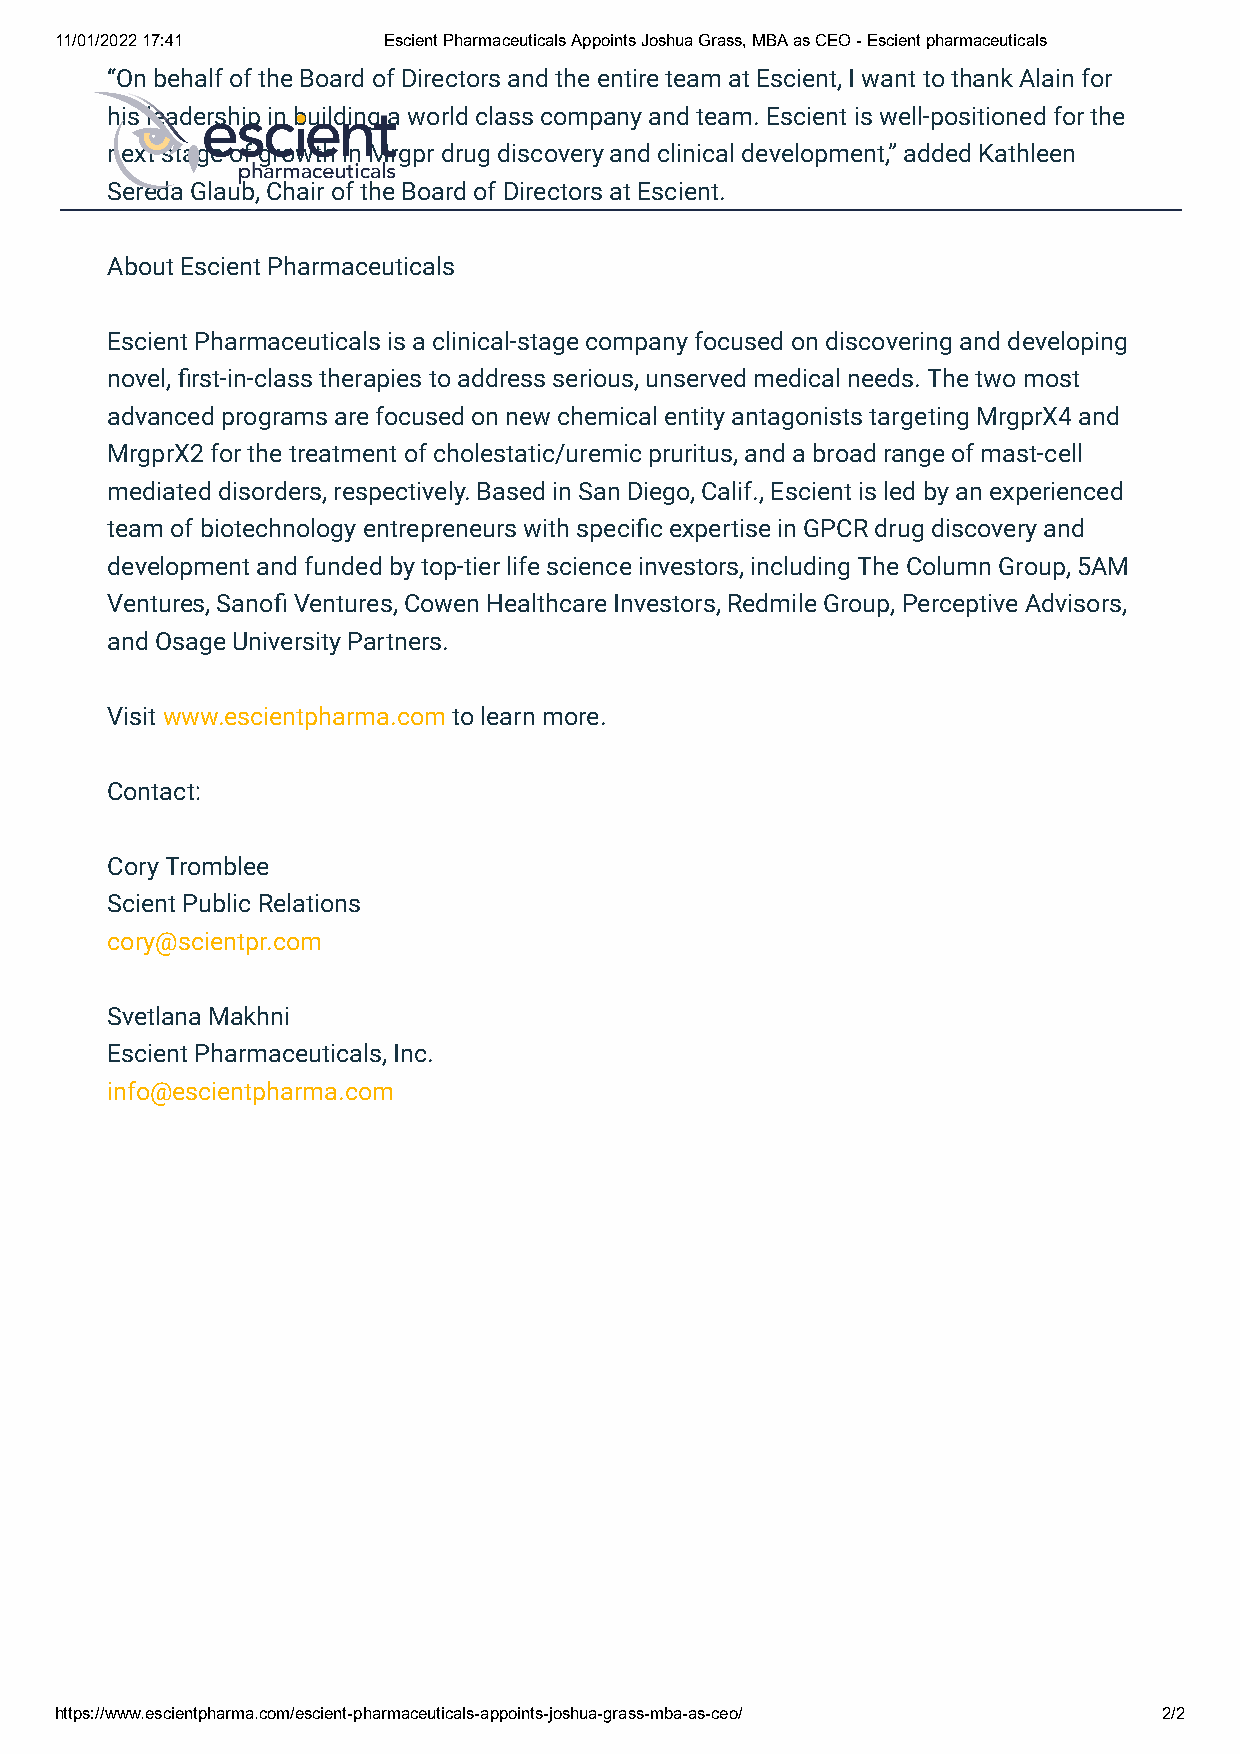
11/01/2022 17:41     Escient Pharmaceuticals Appoints Joshua Grass, MBA as CEO - Escient pharmaceuticals
 “On behalf of the Board of Directors and the entire team at Escient, I want to thank Alain for
 his leadership in building a world class company and team. Escient is well-positioned for the
 next stage of growth in Mrgpr drug discovery and clinical development,” added Kathleen
 Sereda Glaub, Chair of the Board of Directors at Escient.
 About Escient Pharmaceuticals
 Escient Pharmaceuticals is a clinical-stage company focused on discovering and developing
 novel, rst-in-class therapies to address serious, unserved medical needs. The two most
 advanced programs are focused on new chemical entity antagonists targeting MrgprX4 and
 MrgprX2 for the treatment of cholestatic/uremic pruritus, and a broad range of mast-cell
 mediated disorders, respectively. Based in San Diego, Calif., Escient is led by an experienced
 team of biotechnology entrepreneurs with specic expertise in GPCR drug discovery and
 development and funded by top-tier life science investors, including The Column Group, 5AM
 Ventures, Sano Ventures, Cowen Healthcare Investors, Redmile Group, Perceptive Advisors,
 and Osage University Partners.
 Visit www.escientpharma.com to learn more.
 Contact:
 Cory Tromblee
 Scient Public Relations
 cory@scientpr.com
 Svetlana Makhni
 Escient Pharmaceuticals, Inc.
 info@escientpharma.com
 https://www.escientpharma.com/escient-pharmaceuticals-appoints-joshua-grass-mba-as-ceo/ 2/2